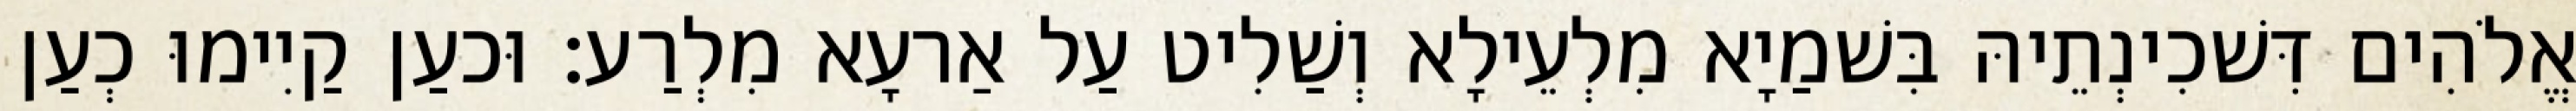
אֱלֹהִים דִּשׁכִינְתֵיהּ בִּשׁמַיָא מִלְעֵילָא וְשַׁלִיט עַל אַרעָא מִלְרַע׃ וּכעַן קַיִימוּ כְעַן